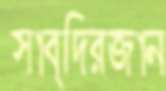
সাব্দিরজান